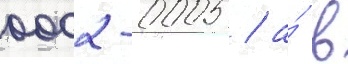
0002-0005 / а́ в